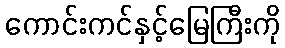
ကောင်းကင်နှင့်မြေကြီးကို